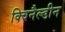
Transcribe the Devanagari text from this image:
क्विनैल्डीन